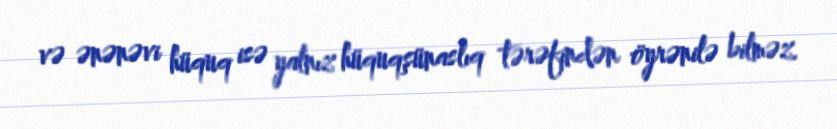
və ənənəvi hüquq isə yalnız hüquqşünaslıq tərəfindən öyrənilə bilməz.